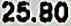
25.80